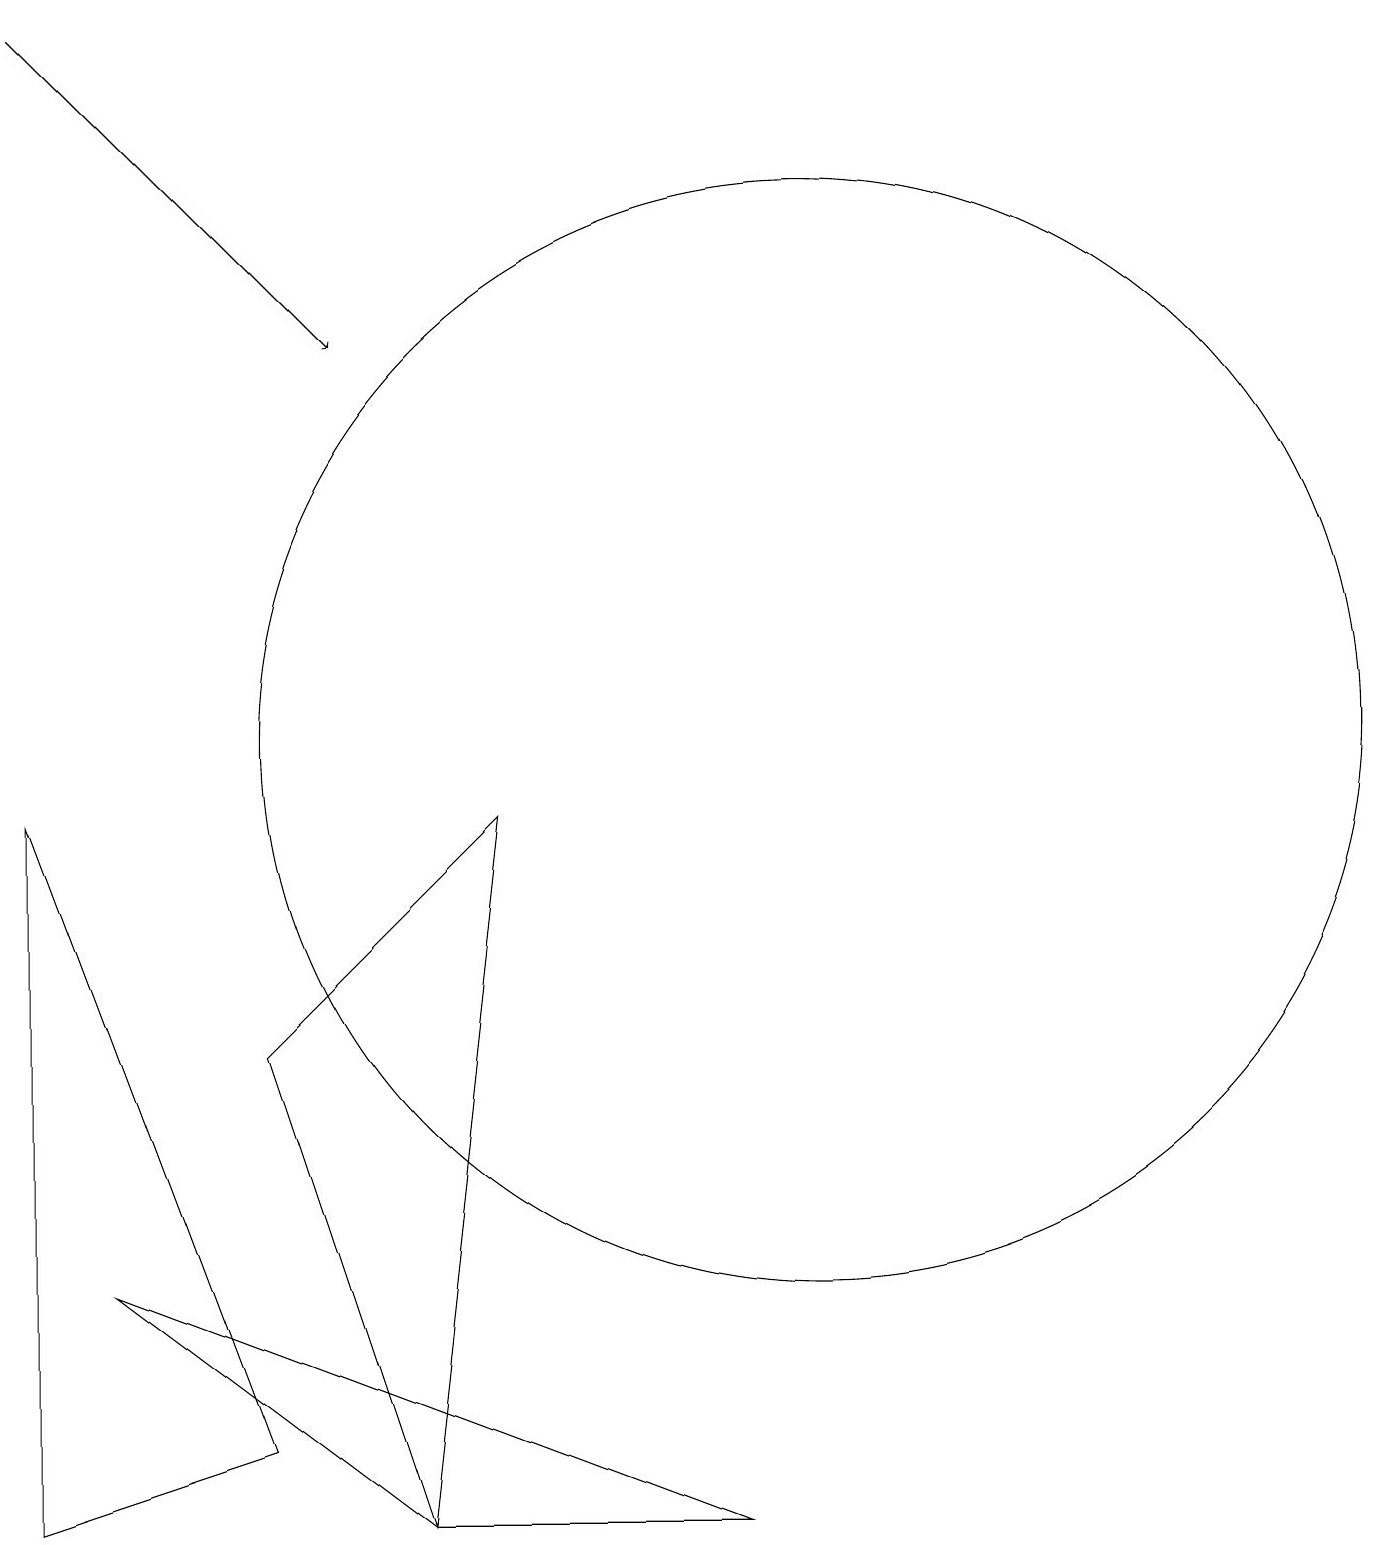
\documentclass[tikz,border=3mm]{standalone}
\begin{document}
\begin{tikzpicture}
\draw (0,0) -- (0,9) -- (3,1) -- cycle;
\draw[->] (0,19) -- (4,15);
\draw (9,0) -- (1,3) -- (5,0) -- cycle;
\draw (10,10) circle (7);
\draw (6,9) -- (3,6) -- (5,0) -- cycle;
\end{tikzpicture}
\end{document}